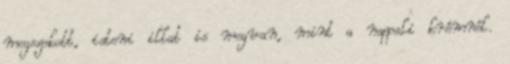
megszokott, isteni illat is megvan, mint a nappali krémnél.